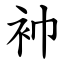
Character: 䘜